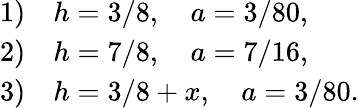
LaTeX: \begin{array}{ll}{{1)}}&{{h=3/8,\quad a=3/80,}}\\ {{2)}}&{{h=7/8,\quad a=7/16,}}\\ {{3)}}&{{h=3/8+x,\quad a=3/80.}}\end{array}